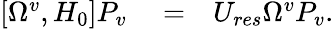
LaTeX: \begin{array}{rlr}{[\Omega^{v},H_{0}]P_{v}}&{{}=}&{U_{res}\Omega^{v}P_{v}.}\end{array}